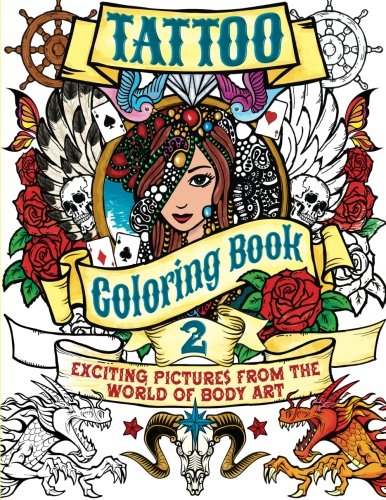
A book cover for Tattoo Coloring Book 2: Exciting Pictures from the World of Body Art (Chartwell Coloring Books); Patience Coster; Arts & Photography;